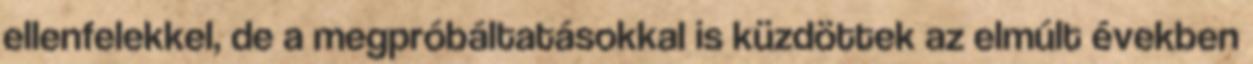
ellenfelekkel, de a megpróbáltatásokkal is küzdöttek az elmúlt években